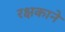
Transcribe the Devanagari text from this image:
रक्षकाने